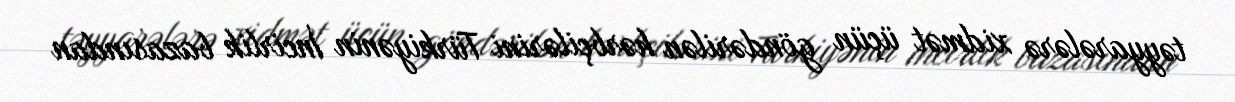
təyyarələrə xidmət üçün göndərilən hərbçilərini Türkiyənin İncirlik bazasından